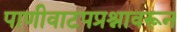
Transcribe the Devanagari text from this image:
पाणीवाटपप्रश्नावरून